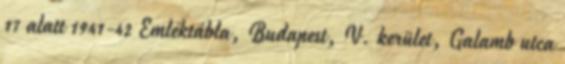
17 alatt 1941-42 Emléktábla, Budapest, V. kerület, Galamb utca